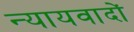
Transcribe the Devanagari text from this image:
न्यायवादों